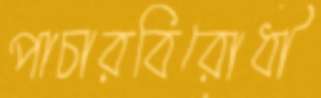
পাচারবিরোধী